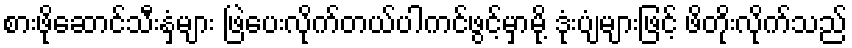
စားဖိုဆောင်သီးနှံများ ဖြဲပေးလိုက်တယ်ပါကင်ဖွင့်မှာမို့ ဒုံးပျံများဖြင့် ဖိတိုးလိုက်သည်